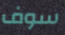
سوف